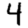
Digit: 4